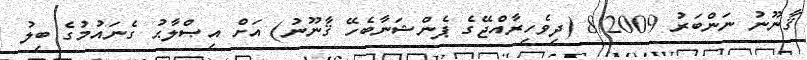
ޤާނޫނު ނަންބަރު 8/2009 (ދިވެހިރާއްޖޭގެ ޕެންޝަނާބެހޭ ޤާނޫނު) އަށް އިޞްލާޙު ގެނައުމުގެ ބިލު